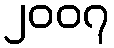
၂၀၀၇